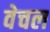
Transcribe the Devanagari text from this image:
वेचल